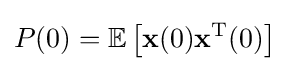
P(0)=\mathbb {E} \left[{\mathbf {x} }(0){\mathbf {x} }^{\mathrm {T} }(0)\right]